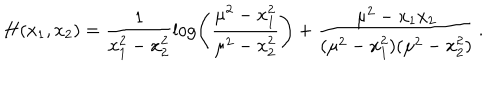
H ( x _ { 1 } , x _ { 2 } ) = \frac { 1 } { x _ { 1 } ^ { 2 } - x _ { 2 } ^ { 2 } } \log \left( \frac { \mu ^ { 2 } - x _ { 1 } ^ { 2 } } { \mu ^ { 2 } - x _ { 2 } ^ { 2 } } \right) + \frac { \mu ^ { 2 } - x _ { 1 } x _ { 2 } } { ( \mu ^ { 2 } - x _ { 1 } ^ { 2 } ) ( \mu ^ { 2 } - x _ { 2 } ^ { 2 } ) } \, .